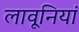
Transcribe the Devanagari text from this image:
लावूनियां